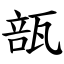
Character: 瓿